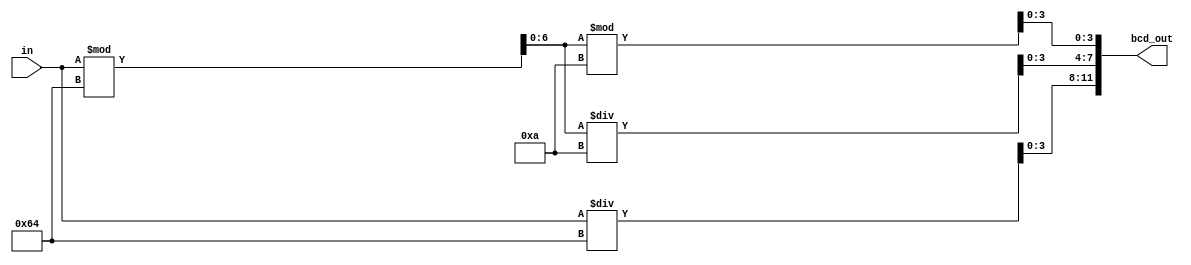
/****************************************************
Developer    : Devang vekariya
Module       : binary to bcd converter
Institute    : NIT Kurukshetra
Date created : 03/10/2023
********************************************************/

module binary_to_bcd (in ,bcd_out);    //module defined 
   
   // input & output port declarations
  input [7:0] in ;
  output [11:0] bcd_out ;

  reg [3:0]hunderds,tens,ones;
  reg [6:0] temp ;
  
  always @(*)
    begin
      
      hunderds = in / 100 ;
      temp     = in % 100 ;          // separating all the hunderds, 
      tens     = temp / 10;          // tens and ones digit
      ones     = temp % 10 ;
      
    end
  assign bcd_out = {hunderds , tens , ones} ;
endmodule